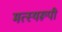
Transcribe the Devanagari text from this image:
मत्स्यरूपी